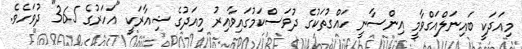
މިއަދަކީ ބައިނަލްއަގްވާމީ އިންސާނީ ހައްގުތަކުގެ ދުވަސްކަމުގައިވާއިރު މިއަދުގެ ޝިއާރަކީ "އަހަރުގެ 365" ދުވަހެވެ.